Civil Veterinary Dept. Assam report 1911-1927 - 1911-1927
Year: 1911
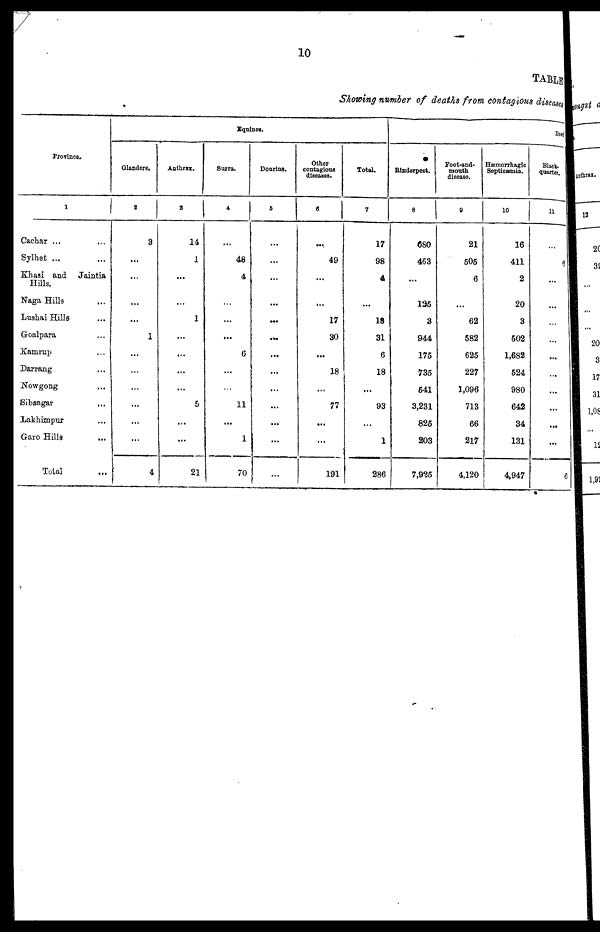
10
TABLE
Showing number of deaths from contagions diseases
Province.
1
Cachar ... …
Sylhet ... …
Khasi and Jaintia
Hills.
Naga Hills …
Lushai Hills…
Goalpara…
Kamrup…
Darrang…
Nowgong…
Sibsagar…
Lakhimpur…
Garo Hills…
Total …
Equities.
Glanders,
2
3
...
…
...
...
1
...
...
...
...
…
...
4
Anthrax.
3
14
1
…
...
1
...
...
...
...
5
...
...
21
Surra.
4
...
48
4
...
…
...
6
...
...
11
…
1
70
Dourine.
5
…
…
…
…
...
…
...
…
…
...
...
…
...
Other
contagions
diseases.
6
…
49
…
…
17
30
...
18
...
77
...
...
191
Total.
7
17
98
4
…
18
31
6
18
...
93
...
1
286
Bo
Rinderpest.
8
680
463
…
135
3
944
175
735
641
3,231
825
203
7,925
Foot-and-
mouth
disease.
9
21
505
6
...
62
582
625
227
1,096
713
66
217
4,120
Hæmorrhagic
Septicæmia.
10
16
411
2
20
3
502
1,682
524
980
642
34
131
4,947
Black-
quarter.
11
…
8
…
...
…
...
...
...
...
...
...
...
6